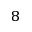
^ 8